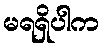
မရရှိပါက